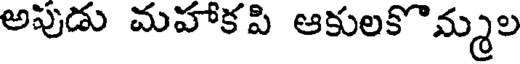
అపుడు మహాకపి ఆకులకొమ్మల